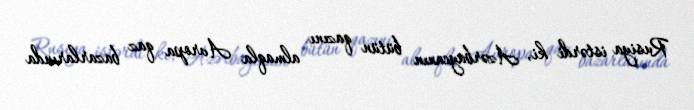
Rusiya istərdi ki, Azərbaycanın bütün qazını almaqla Avropa qaz bazarlarında